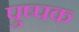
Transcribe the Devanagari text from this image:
पुष्‍पक